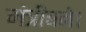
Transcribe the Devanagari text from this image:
मंत्रीबने।